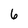
Character: 6